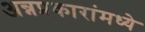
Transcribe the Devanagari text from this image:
अन्नप्रकारांमध्ये